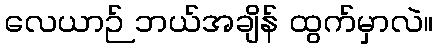
လေယာဉ် ဘယ်အချိန် ထွက်မှာလဲ။